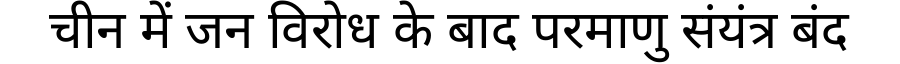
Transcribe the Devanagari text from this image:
चीन में जन विरोध के बाद परमाणु संयंत्र बंद